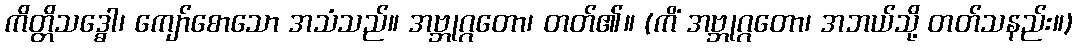
ကိတ္တိသဒ္ဓေါ၊ ကျော်စောသော အသံသည်။ အဗ္ဘုဂ္ဂတော၊ တတ်၏။ (ကိံ အဗ္ဘုဂ္ဂတော၊ အဘယ်သို့ တတ်သနည်း။)